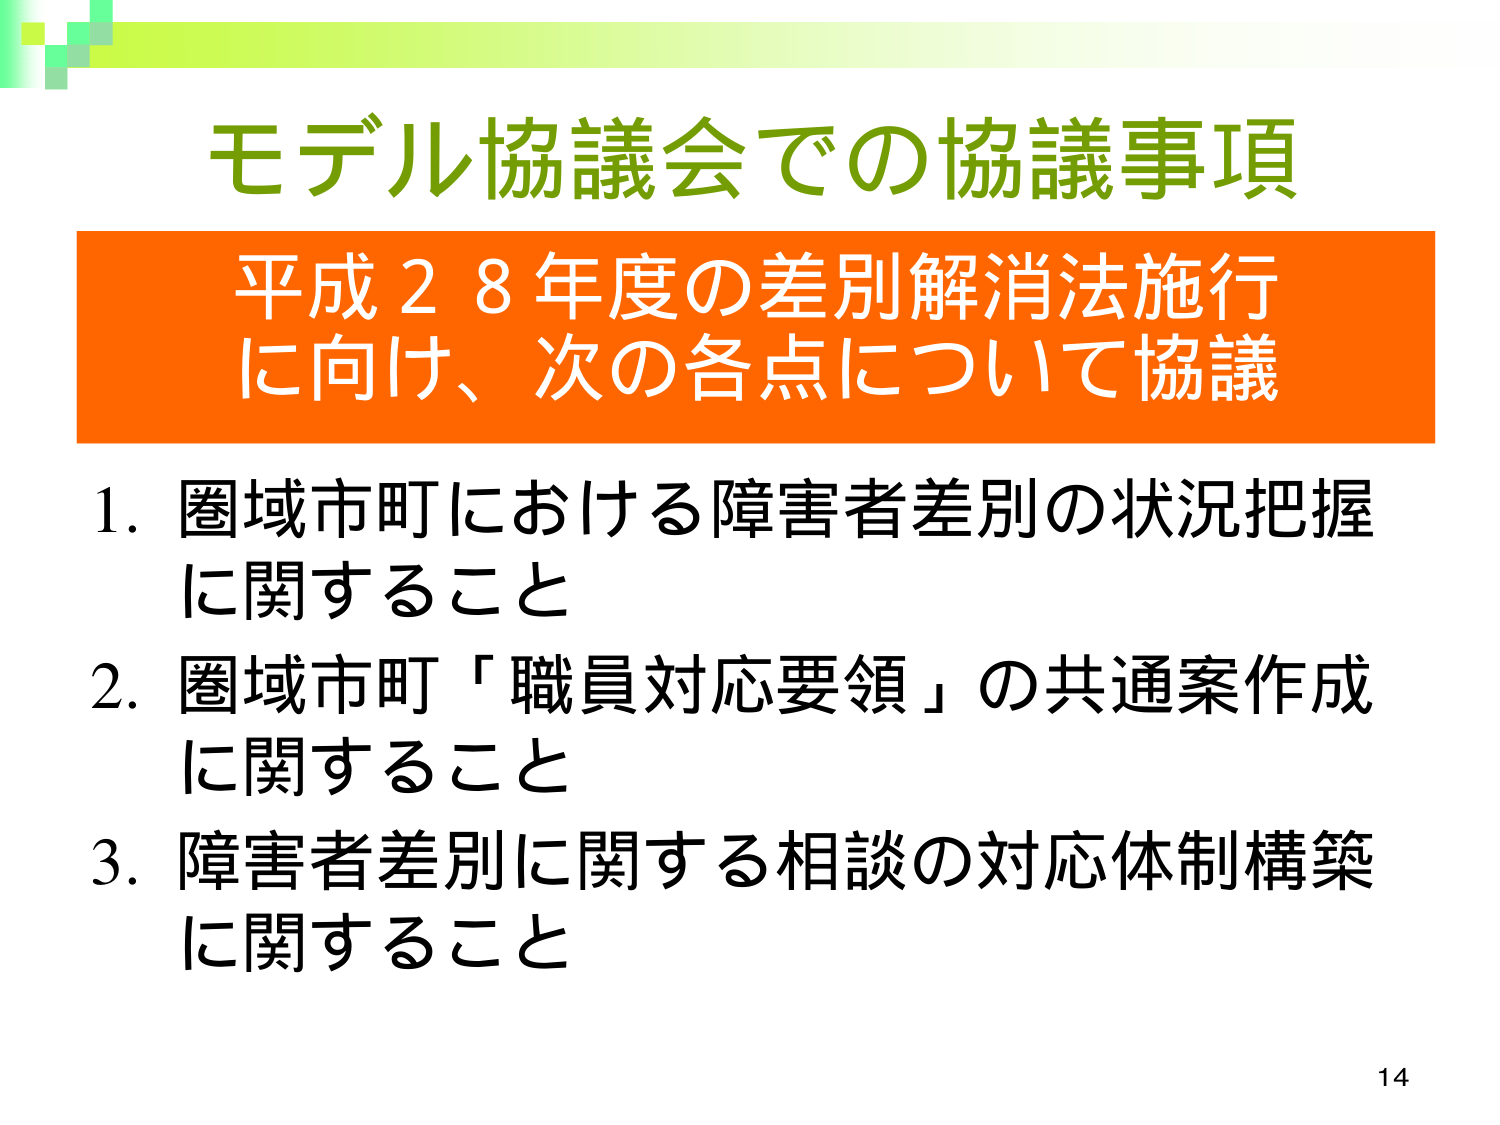
モデル協議会での協議事項
平成２８年度の差別解消法施行
に向け、次の各点について協議
1. 圏域市町における障害者差別の状況把握
に関するこ と
2. 圏域市町「職員対応要領」の共通案作成
に関するこ と
3. 障害者差別に関する相談の対応体制構築
に関するこ と
14